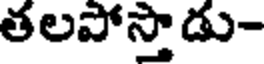
తలపోస్తాడు-